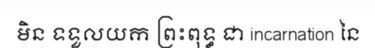
មិន ទទួលយក ព្រះពុទ្ធ ជា incarnation នៃ